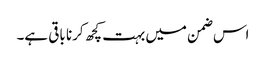
اس ضمن میں بہت کچھ کرنا باقی ہے۔